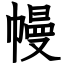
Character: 幔